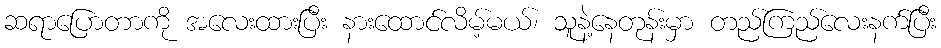
ဆရာပြောတာကို အလေးထားပြီး နားထောင်လိမ့်မယ်၊ သူနဲ့နေတုန်းမှာ တည်ကြည်လေးနက်ပြီး